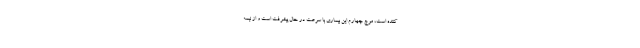
کننده است، موج چهارم این بیماری با سرعت در حال پیشرفت است و از نیمه